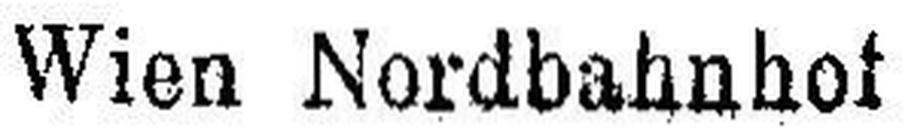
Wien Nordbahnhof